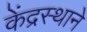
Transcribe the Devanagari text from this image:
केंद्रस्थाने